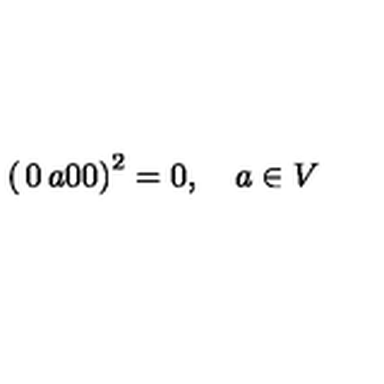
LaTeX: \left( \begin{matrix} { 0 } & { a } \\ { 0 } & { 0 } \\ \end{matrix} \right) ^ { 2 } = 0 , \quad a \in V